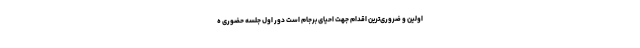
اولین و ضروری‌ترین اقدام جهت احیای برجام است دور اول جلسه حضوری ه